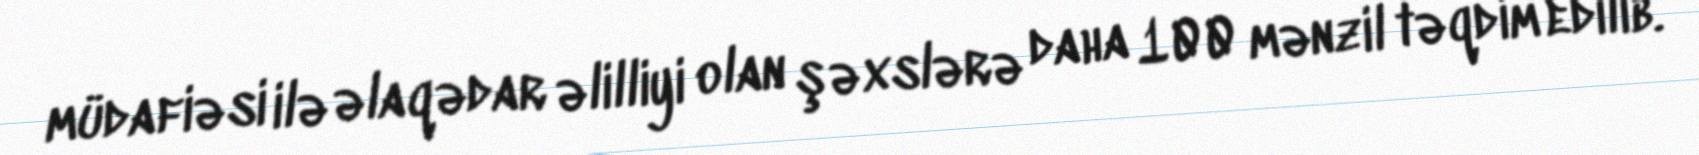
müdafiəsi ilə əlaqədar əlilliyi olan şəxslərə daha 100 mənzil təqdim edilib.